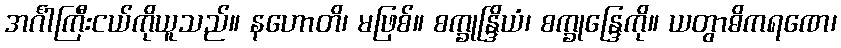
အင်္ဂါကြီးငယ်ကိုယူသည်။ နဟောတိ၊ မဖြစ်။ စက္ခုန္ဒြိယံ၊ စက္ခုန္ဒြေကို။ ယတွာဓိကရဏေ၊